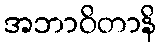
အဘာဝိတာနိ